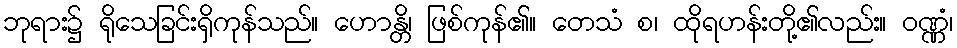
ဘုရား၌ ရိုသေခြင်းရှိကုန်သည်။ ဟောန္တိ၊ ဖြစ်ကုန်၏။ တေသံ စ၊ ထိုရဟန်းတို့၏လည်း။ ဝဏ္ဏံ၊